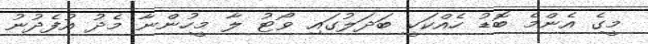
މީގެ އެންމެ ބޮޑު ހެއްކަކީ ބަދަލުގައި ވޯޓު ލާ މީހުންނާ މެދު އުފެދުނު